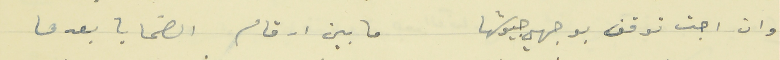
وان اجت توقف بوجهي جيوشها                    ما بين ارقام الضحايا بعدها